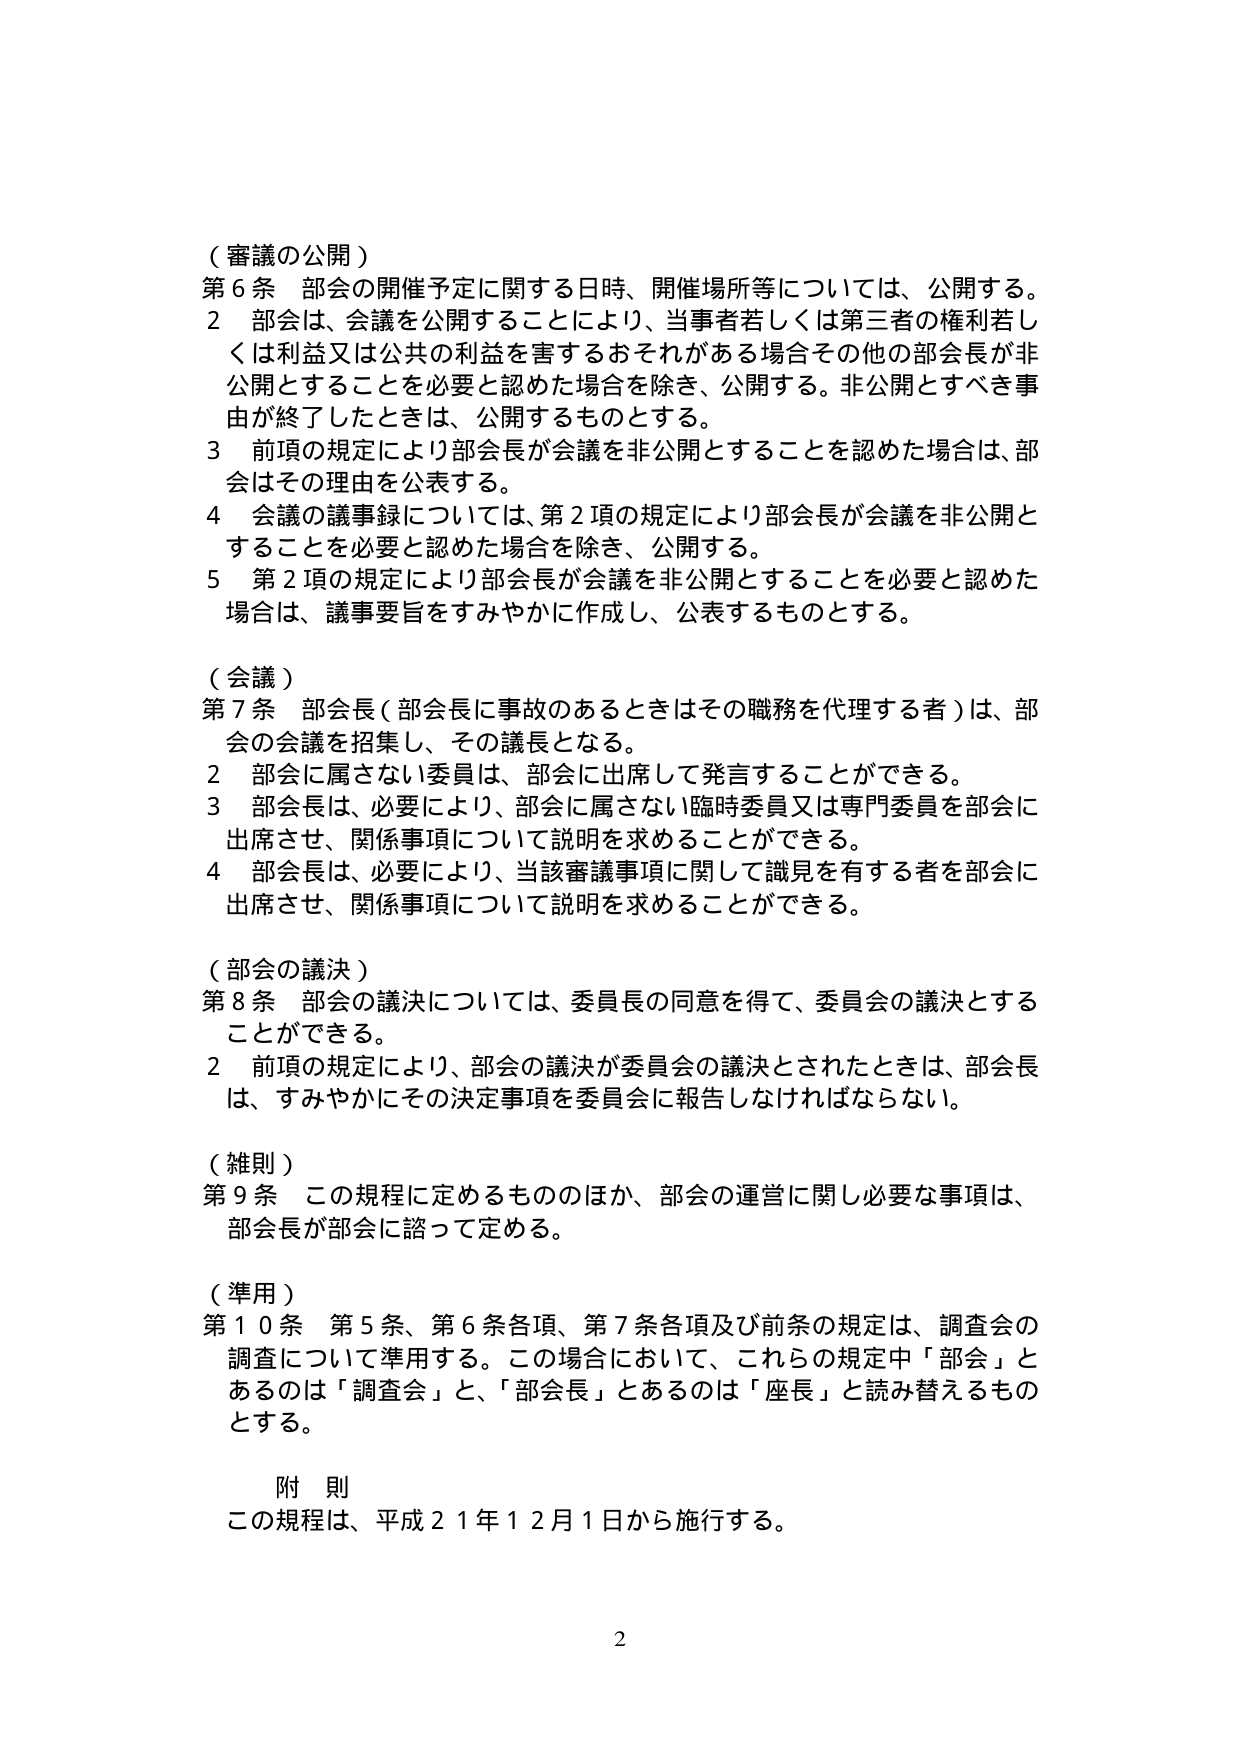
（審議の公開）
第６条 部会の開催予定に関する日時、開催場所等については、公開する。
２ 部会は、会議を公開することにより、当事者若しくは第三者の権利若しくは利益又は公共の利益を害するおそれがある場合その他の部会長が非公開とすることを必要と認めた場合を除き、公開する。非公開とすべき事由が終了したときは、公開するものとする。
３ 前項の規定により部会長が会議を非公開とすることを認めた場合は、部会はその理由を公表する。
４ 会議の議事録については、第２項の規定により部会長が会議を非公開とすることを必要と認めた場合を除き、公開する。
５ 第２項の規定により部会長が会議を非公開とすることを必要と認めた場合は、議事要旨をすみやかに作成し、公表するものとする。

（会議）
第７条 部会長（部会長に事故のあるときはその職務を代理する者）は、部会の会議を招集し、その議長となる。
２ 部会に属さない委員は、部会に出席して発言することができる。
３ 部会長は、必要により、部会に属さない臨時委員又は専門委員を部会に出席させ、関係事項について説明を求めることができる。
４ 部会長は、必要により、当該審議事項に関して識見を有する者を部会に出席させ、関係事項について説明を求めることができる。

（部会の議決）
第８条 部会の議決については、委員長の同意を得て、委員会の議決とすることができる。
２ 前項の規定により、部会の議決が委員会の議決とされたときは、部会長は、すみやかにその決定事項を委員会に報告しなければならない。

（雑則）
第９条 この規程に定めるもののほか、部会の運営に関し必要な事項は、部会長が部会に諮って定める。

（準用）
第１０条 第５条、第６条各項、第７条各項及び前条の規定は、調査会の調査について準用する。この場合において、これらの規定中「部会」とあるのは「調査会」と、「部会長」とあるのは「座長」と読み替えるものとする。

附 則
この規程は、平成２１年１２月１日から施行する。

2